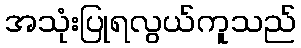
အသုံးပြုရလွယ်ကူသည်